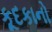
કૂદકાનો